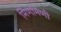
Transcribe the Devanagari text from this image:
मिणमिणी